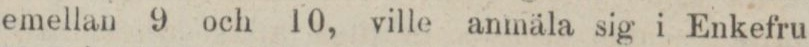
emellan 9 och 10, ville anmäla sig i Enkefru